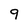
Character: 9